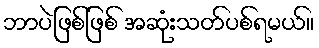
ဘာပဲဖြစ်ဖြစ် အဆုံးသတ်ပစ်ရမယ်။